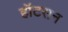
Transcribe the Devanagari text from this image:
हॉटसन